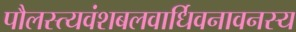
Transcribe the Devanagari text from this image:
पौलस्त्यवंशबलवार्धिवनावनस्य